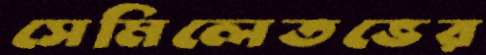
সেমিলেতভের